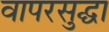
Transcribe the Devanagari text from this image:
वापरसुद्घा